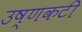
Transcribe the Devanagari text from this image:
उष्णकटी